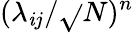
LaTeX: (\lambda_{\mathit{i}j}/\sqrt{}{{N}})^{n}